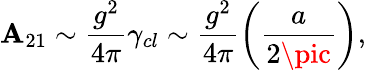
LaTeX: \mathbf{A}_{21}\sim\frac{{g^{2}}}{{4\pi}}\gamma_{cl}\sim\frac{{g^{2}}}{{4\pi}}\left(\frac{{a}}{{2\pic}}\right),